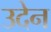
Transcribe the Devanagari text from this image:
उदेन